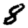
Digit: 8